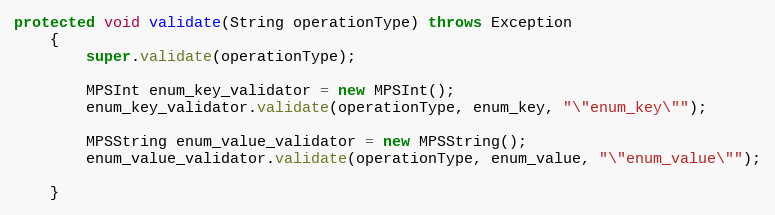
Language: Java
protected void validate(String operationType) throws Exception
	{
		super.validate(operationType);

		MPSInt enum_key_validator = new MPSInt();
		enum_key_validator.validate(operationType, enum_key, "\"enum_key\"");

		MPSString enum_value_validator = new MPSString();
		enum_value_validator.validate(operationType, enum_value, "\"enum_value\"");

	}